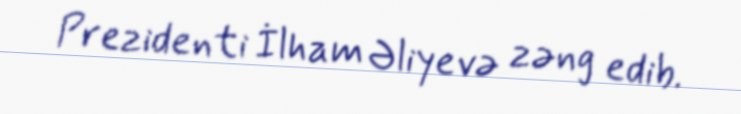
Prezidenti İlham Əliyevə zəng edib.